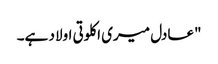
"عادل میری اکلوتی اولاد ہے۔